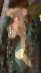
মৃ